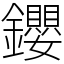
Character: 𨰃